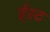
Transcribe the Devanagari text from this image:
ई्स्ट